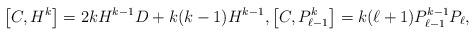
LaTeX: \begin{gather*}\big[C, H^k\big] = 2k H^{k-1} D + k(k-1) H^{k-1},\big[C, P_{\ell-1}^k\big] = k (\ell+1) P_{\ell-1}^{k-1} P_{\ell},\end{gather*}